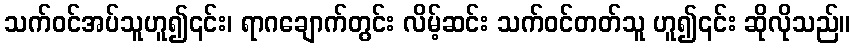
သက်ဝင်အပ်သူဟူ၍၎င်း၊ ရာဂချောက်တွင်း လိမ့်ဆင်း သက်ဝင်တတ်သူ ဟူ၍၎င်း ဆိုလိုသည်။